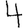
Digit: 4